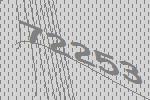
72253